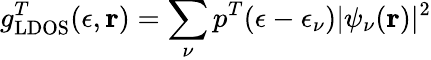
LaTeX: g_{\mathrm{LDOS}}^{T}(\epsilon,\mathbf{r})=\sum_{\nu}p^{T}(\epsilon-\epsilon_{\nu})|\psi_{\nu}(\mathbf{r})|^{2}